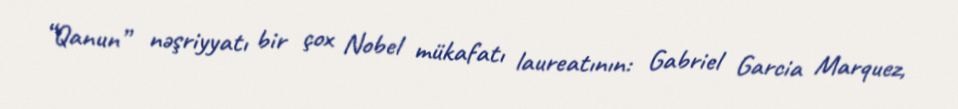
“Qanun” nəşriyyatı bir çox Nobel mükafatı laureatının: Gabriel Garcia Marquez,